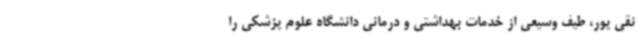
نقی پور، طیف وسیعی از خدمات بهداشتی و درمانی دانشگاه علوم پزشکی را